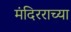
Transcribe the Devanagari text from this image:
मंदिरराच्या